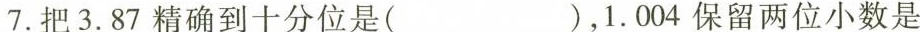
7.把3.87精确到十分位是( )，1.004保留两位小数是